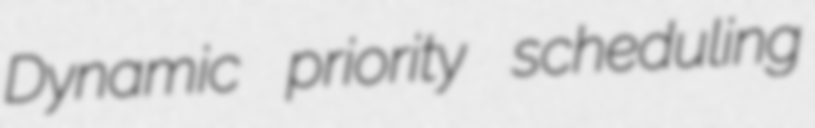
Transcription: Dynamic priority scheduling